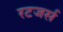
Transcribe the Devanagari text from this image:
रटजर्स